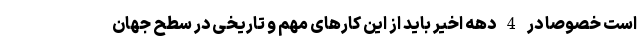
است خصوصا در 4 دهه اخیر باید از این کارهای مهم و تاریخی در سطح جهان